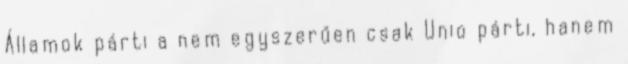
Államok párti a nem egyszerűen csak Unio párti, hanem